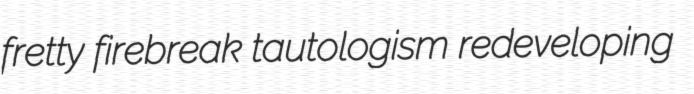
fretty firebreak tautologism redeveloping